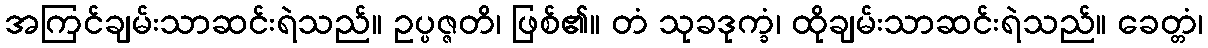
အကြင်ချမ်းသာဆင်းရဲသည်။ ဥပ္ပဇ္ဇတိ၊ ဖြစ်၏။ တံ သုခဒုက္ခံ၊ ထိုချမ်းသာဆင်းရဲသည်။ ခေတ္တံ၊